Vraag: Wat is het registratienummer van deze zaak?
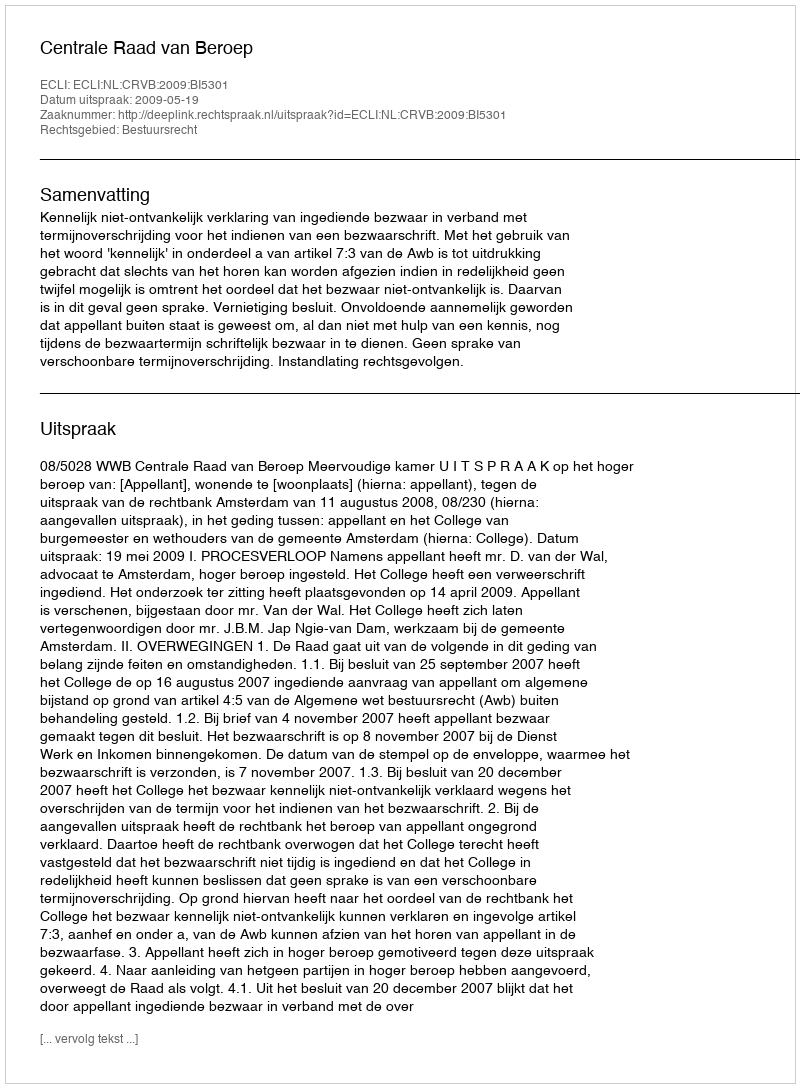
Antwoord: http://deeplink.rechtspraak.nl/uitspraak?id=ECLI:NL:CRVB:2009:BI5301